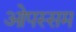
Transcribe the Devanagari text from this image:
ओपस्सम